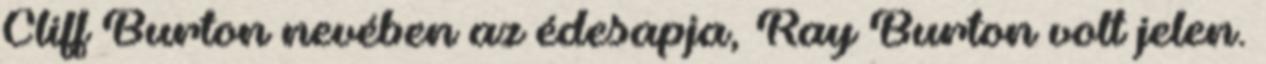
Cliff Burton nevében az édesapja, Ray Burton volt jelen.